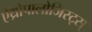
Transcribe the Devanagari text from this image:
ऐंथ्रोपालोजिस्ट्स्